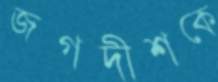
জগদীশকে